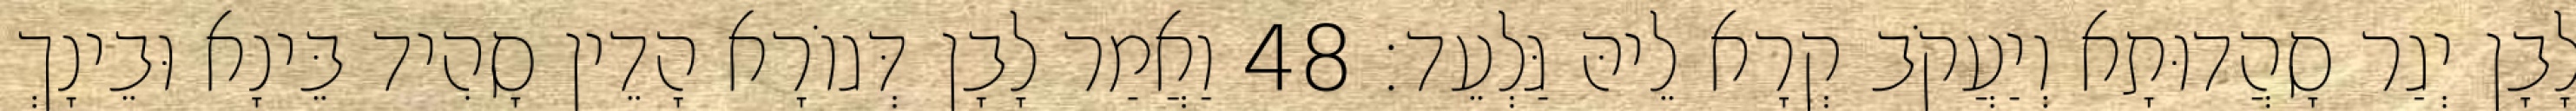
לָבָן יְגַר סָהֲדוּתָא וְיַעֲקֹב קְרָא לֵיהּ גַּלְעֵד׃ 48 וַאֲמַר לָבָן דְּגוֹרָא הָדֵין סָהִיד בֵּינָא וּבֵינָךְ